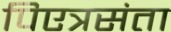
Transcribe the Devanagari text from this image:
पिएत्रसंता